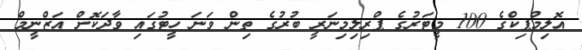
އޮލިމްޕިކްގެ 100 މީޓަރުގެ ޕްރިލިމިނަރީ ބުރުގެ ތިން ވަނަ ހީޓުގައި ވާދަކޮށް އަޒްނީމް